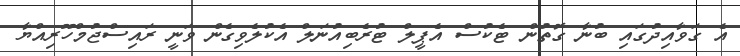
އެ ގަވާއިދުގައި ބުނާ ގޮތުން ޓެކުސް އެޕީލް ޓުރެބިއުނަލް އެކުލެވިގެން ވަނީ ރައިސްޖުމްހޫރިއްޔާ